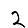
Digit: 2